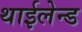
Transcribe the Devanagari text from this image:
थाईलेन्ड